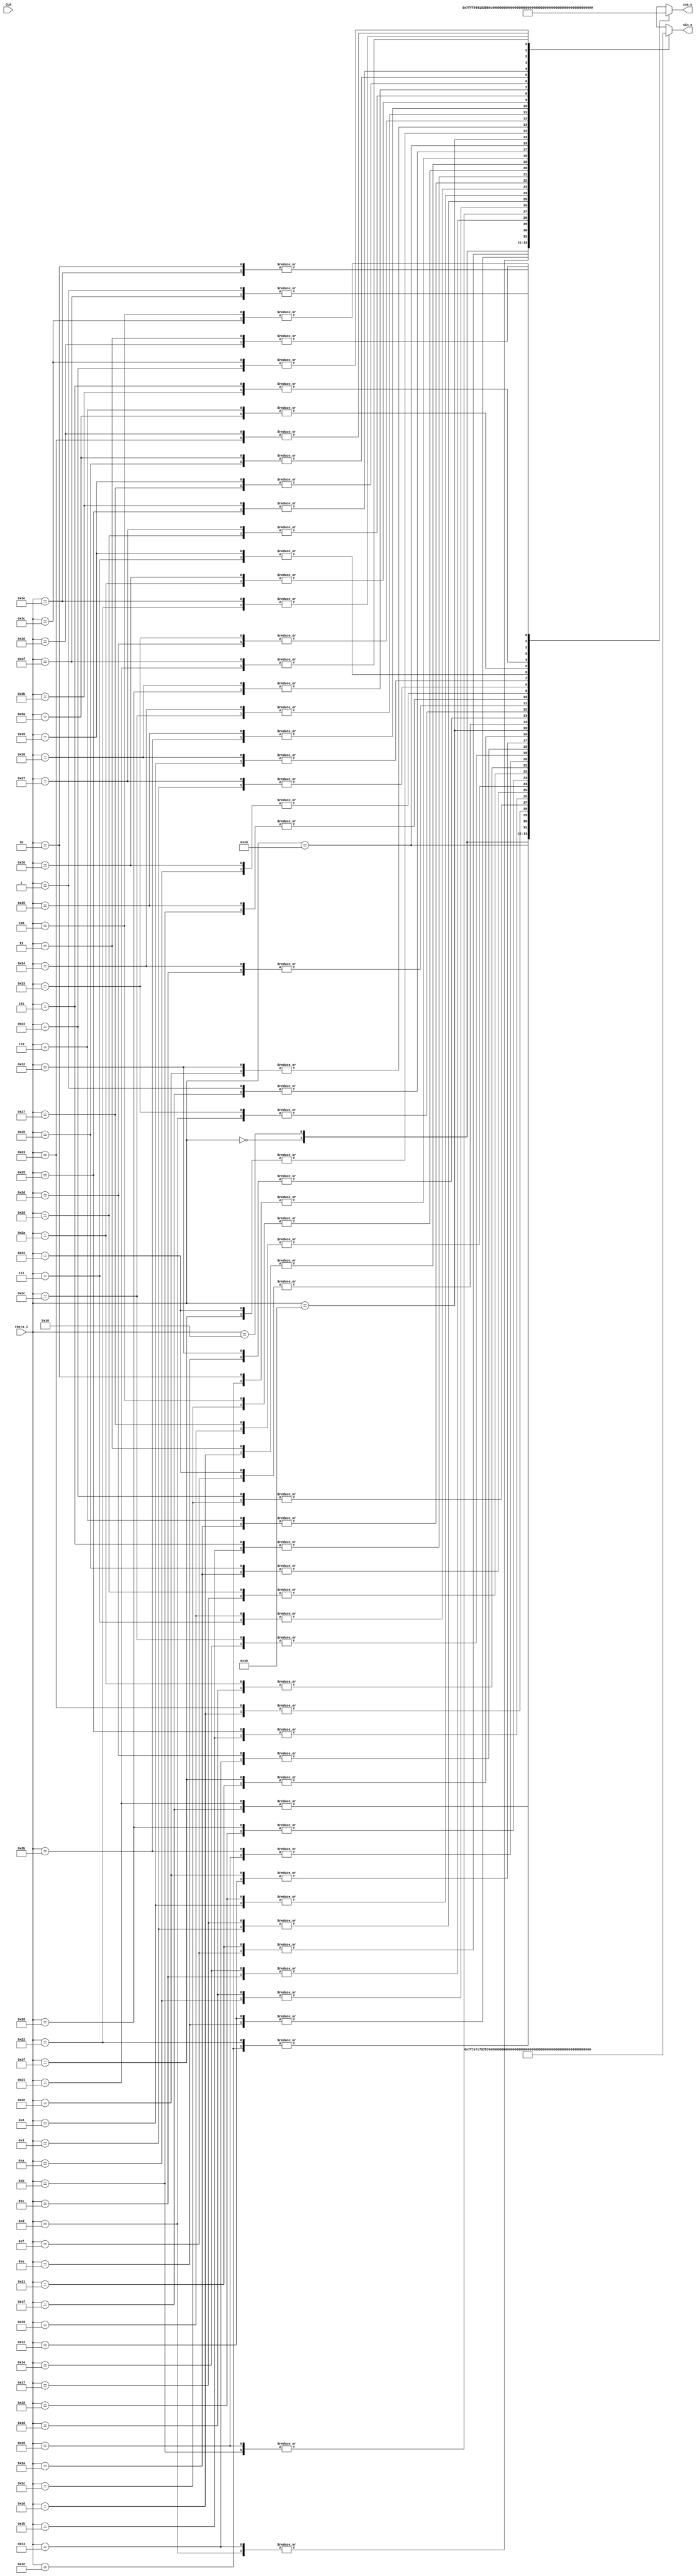
`default_nettype none
`timescale 1ns / 1ps

/*
 * Returns the sine and cosine of theta_i. The result is an 8 bit wide, two's complement
 * value.
 */
module trig
    (input wire CLK,
     input wire [5:0] theta_i,
     output wire [7:0] sin_o,
     output wire [7:0] cos_o
     );

    wire [7:0] sinlut [63:0];
    wire [7:0] coslut [63:0];

    assign sinlut[0]    = 8'b00000000;
    assign sinlut[1]    = 8'b00001100;
    assign sinlut[2]    = 8'b00011000;
    assign sinlut[3]    = 8'b00100100;
    assign sinlut[4]    = 8'b00110000;
    assign sinlut[5]    = 8'b00111011;
    assign sinlut[6]    = 8'b01000110;
    assign sinlut[7]    = 8'b01010000;
    assign sinlut[8]    = 8'b01011001;
    assign sinlut[9]    = 8'b01100010;
    assign sinlut[10]   = 8'b01101001;
    assign sinlut[11]   = 8'b01110000;
    assign sinlut[12]   = 8'b01110101;
    assign sinlut[13]   = 8'b01111001;
    assign sinlut[14]   = 8'b01111100;
    assign sinlut[15]   = 8'b01111110;
    assign sinlut[16]   = 8'b01111111;

    genvar i;
    generate
        for (i=0; i<16; i=i+1) begin
            assign sinlut[31-i] =  sinlut[i+1];
            assign sinlut[32+i] = ~sinlut[i];
            assign sinlut[63-i] = ~sinlut[i+1];
        end
    endgenerate

    genvar j;
    generate
        for (j=0; j<64; j=j+1) begin
            assign coslut[j] = sinlut[(j+80) % 64];
        end
    endgenerate

    assign sin_o = sinlut[theta_i];
    assign cos_o = coslut[theta_i];

endmodule